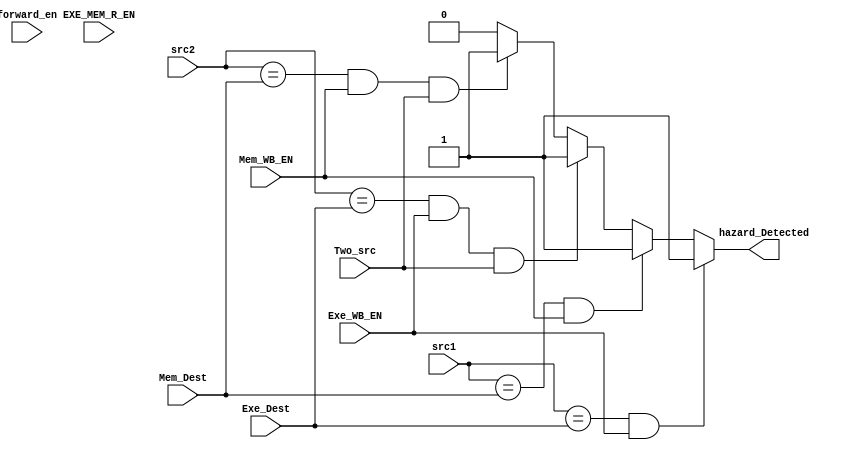
module Hazard_Unit(forward_en, Exe_WB_EN, Mem_WB_EN, Two_src, EXE_MEM_R_EN, src1, src2, 
    		   Exe_Dest, Mem_Dest, hazard_Detected);

    input forward_en, Exe_WB_EN, Mem_WB_EN, Two_src, EXE_MEM_R_EN; 
    input[3:0] src1, src2, Exe_Dest, Mem_Dest;
    output reg hazard_Detected;

  always @(*) begin
    hazard_Detected = 1'b0;
        if      ((src1 == Exe_Dest) && (Exe_WB_EN == 1'b1))
            hazard_Detected = 1'b1;
        else if ((src1 == Mem_Dest) && (Mem_WB_EN == 1'b1))
            hazard_Detected = 1'b1;
        else if ((src2 == Exe_Dest) && (Exe_WB_EN == 1'b1) && (Two_src == 1'b1)) 
            hazard_Detected = 1'b1;
        else if ((src2 == Mem_Dest) && (Mem_WB_EN == 1'b1) && (Two_src == 1'b1)) 
            hazard_Detected = 1'b1;
    end
  
endmodule